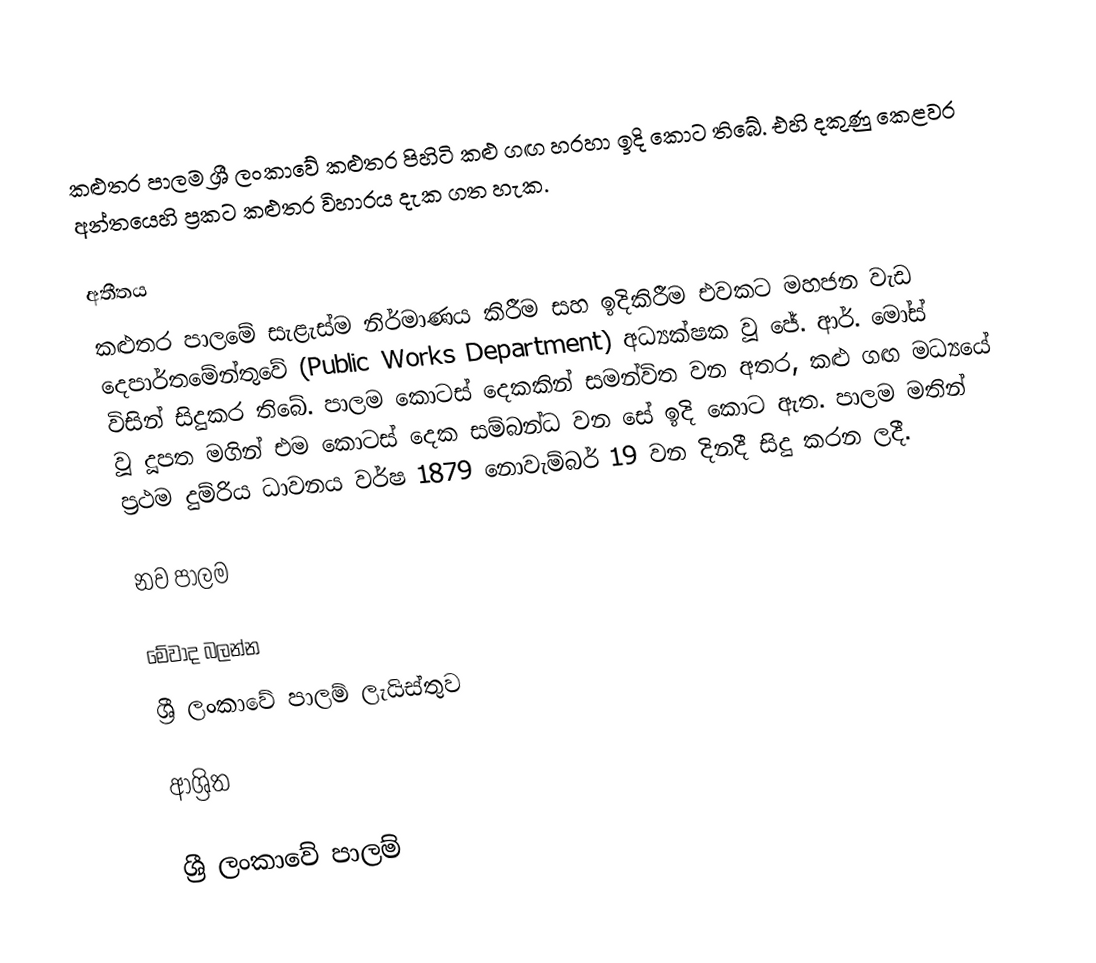
කළුතර පාලම ශ්‍රී ලංකාවේ කළුතර පිහිටි කළු ගඟ හරහා ඉදි කොට තිබේ. එහි දකුණු කෙළවර අන්තයෙහි ප්‍රකට කළුතර විහාරය දැක ගත හැක.

අතීතය
කළුතර පාලමේ සැළැස්ම නිර්මාණය කිරීම සහ ඉදිකිරීම එවකට මහජන වැඩ දෙපාර්තමේන්තුවේ (Public Works Department) අධ්‍යක්ෂක වූ ජේ. ආර්. මෝස් විසින් සිදුකර තිබේ.  පාලම කොටස් දෙකකින් සමන්විත වන අතර, කළු ගඟ මධ්‍යයේ වූ දූපත මගින් එම කොටස් දෙක සම්බන්ධ වන සේ ඉදි කොට ඇත. පාලම මතින් ප්‍රථම දුම්රිය ධාවනය වර්ෂ 1879 නොවැම්බර් 19 වන දිනදී සිදු කරන ලදී.

නව පාලම

මේවාද බලන්න
ශ්‍රී ලංකාවේ පාලම් ලැයිස්තුව

ආශ්‍රිත

ශ්‍රී ලංකාවේ පාලම්